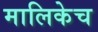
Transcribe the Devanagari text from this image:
मालिकेच